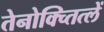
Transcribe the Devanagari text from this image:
तेनोक्च्तित्लें